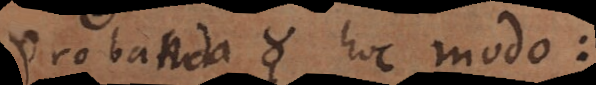
Probanda 2) hoc modo: